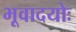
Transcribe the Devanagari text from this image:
भूवादयोः